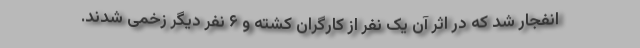
انفجار شد که در اثر آن یک نفر از کارگران کشته و ۶ نفر دیگر زخمی شدند.